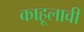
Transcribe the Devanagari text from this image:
काहूलावी